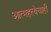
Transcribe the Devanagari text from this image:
आत्महत्येचाही